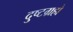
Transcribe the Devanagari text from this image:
दुष्टग्रहो